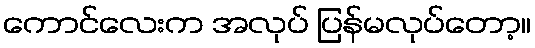
ကောင်လေးက အလုပ် ပြန်မလုပ်တော့။